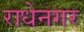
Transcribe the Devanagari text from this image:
राधेनगर